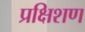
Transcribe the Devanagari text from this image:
प्रक्षिशण